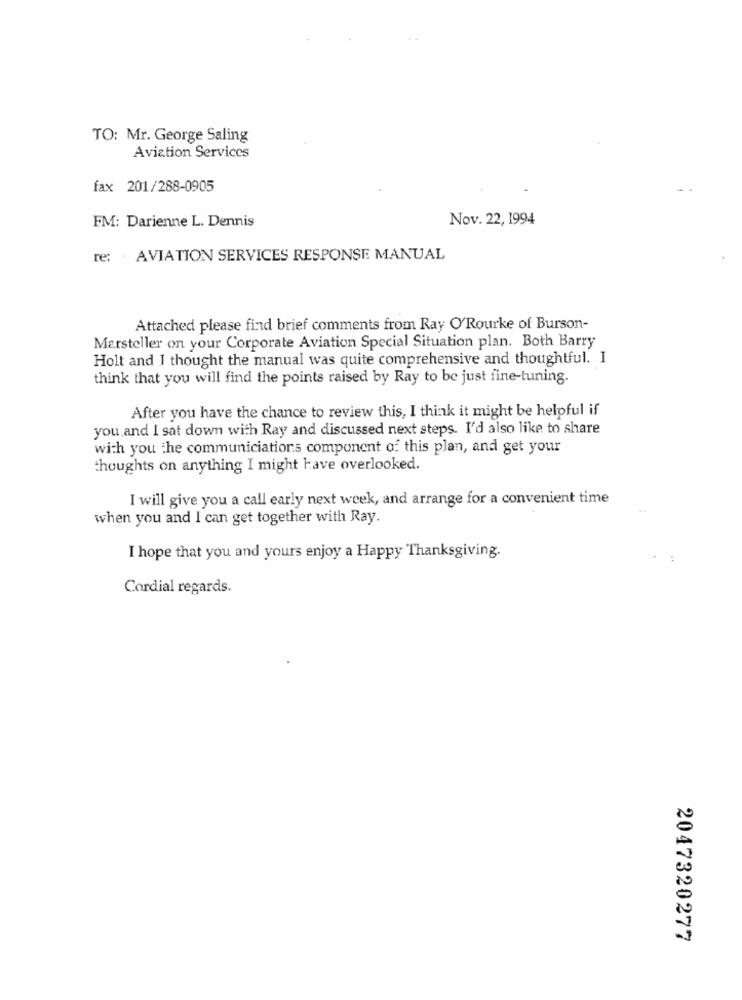
TO: Mr. George Saling
Aviation Services
fax 201/288-0905
FM: Darienne L. Dennis
Nov. 22, 1994
re: . AVIATION SERVICES RESPONSE MANUAL
Attached please find brief comments from Ray O'Rourke of Burson-
Marsteller on your Corporate Aviation Special Situation plan. Both Barry
Holt and I thought the manual was quite comprehensive and thoughtful. I
think that you will find the points raised by Ray to be just fine-tuning.
After you have the chance to review this, I think it might be helpful if
you and I sat down with Ray and discussed next steps. I'd also like to share
with you the communiciations component of this plan, and get your
thoughts on anything I might have overlooked.
I will give you a call early next week, and arrange for a convenient time
when you and I can get together with Ray.
I hope that you and yours enjoy a Happy Thanksgiving.
Cordial regards.
2047320277